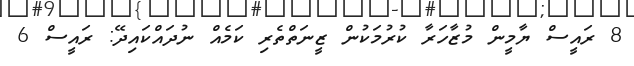
8 ރައީސް ޔާމީން މުޒާހަރާ ކުރުމަކުން ޒީނަތްތެރި ކަމެއް ނުދައްކައިދޭ: ރައީސް 6